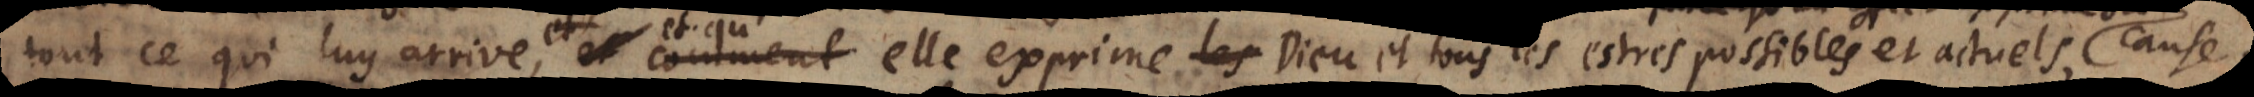
tout ce qui luy arrive, et qu’elle exprime Dieu et tous les estres possibles et actuels, comme